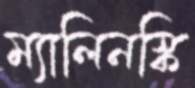
ম্যালিনস্কি